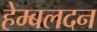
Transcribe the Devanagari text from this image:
हेम्बलदन